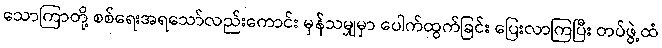
သောကြာတို့ စစ်ရေးအရသော်လည်းကောင်း မှန်သမျှမှာ ပေါက်ထွက်ခြင်း ပြေးလာကြပြီး တပ်ဖွဲ့ထံ